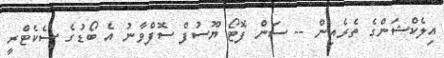
އިލެކްޝަންގެ ތެރެއިން -- ސަން ފޮޓޯ ޔޫަސުފް ސޮފްވާނު އެ ބޯޑުގެ ސެކެޓްރީ